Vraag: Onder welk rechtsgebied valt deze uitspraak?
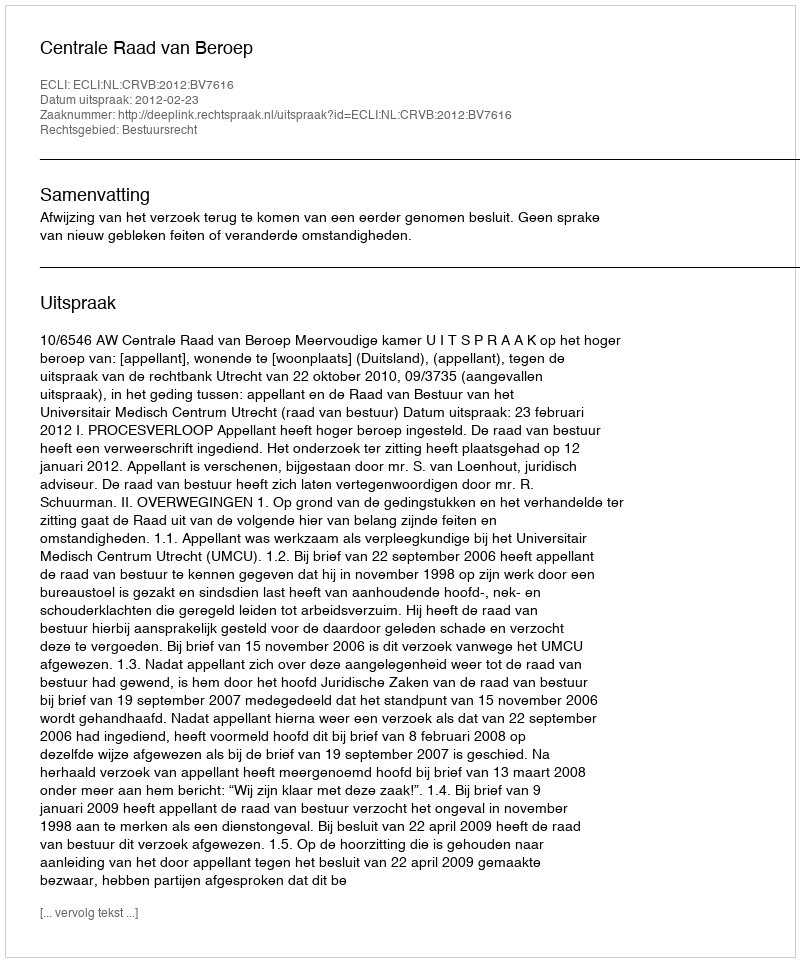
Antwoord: Bestuursrecht